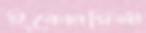
ইকোনমিস্ট